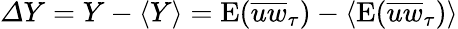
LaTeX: {\mit\Delta}Y=Y-\langle Y\rangle=\mathrm{E}(\overline{{uw}}_{\tau})-\langle\mathrm{E}(\overline{{uw}}_{\tau})\rangle